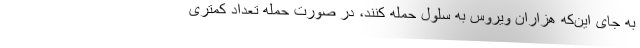
به جای این‌که هزاران ویروس به سلول حمله کنند، در صورت حمله تعداد کمتری